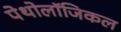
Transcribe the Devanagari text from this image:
पेथोलॉजिकल